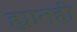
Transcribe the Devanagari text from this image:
ह्यातही